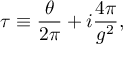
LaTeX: \tau \equiv { \frac { \theta } { 2 \pi } } + i { \frac { 4 \pi } { g ^ { 2 } } } ,